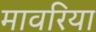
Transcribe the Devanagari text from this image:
मावरिया